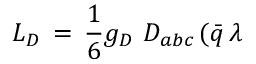
{ \cal L _ { D } } \, = \, \frac { 1 } { 6 } g _ { D } \, \, D _ { a b c } \, ( \bar { q } \, { \lambda }